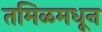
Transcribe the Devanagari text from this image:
तमिळमधून